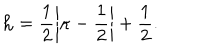
{ \bf h } = \frac 1 2 \left| \kappa - \frac 1 2 \right| + \frac 1 2 .